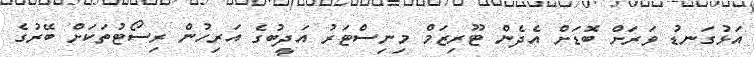
އަޅުގަނޑު ވަރަށް ބޮޑަށް އެދެން ޓޫރިޒަމް މިނިސްޓަރު އަދީބުގެ އަރިހުން ރިސޯޓުތަކަށް ބޭރުގެ